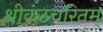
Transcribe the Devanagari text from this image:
श्रीकंठचरितम्